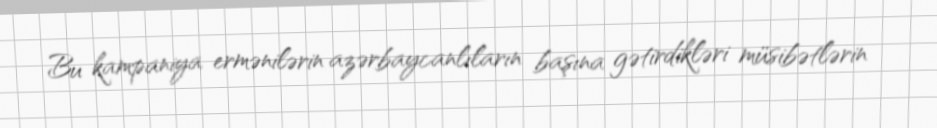
Bu kampaniya ermənilərin azərbaycanlıların başına gətirdikləri müsibətlərin